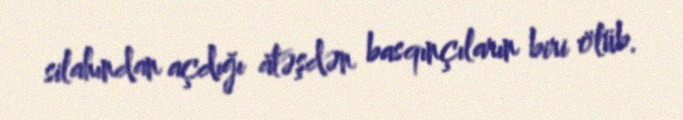
silahından açdığı atəşdən basqınçıların biri ölüb.